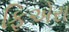
ફિએરા